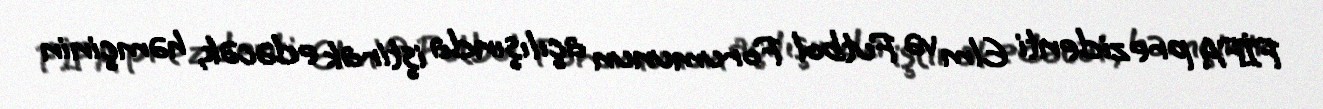
FİFA prezidenti Elm və Futbol Forumunun açılışında iştirak edəcək, həmçinin